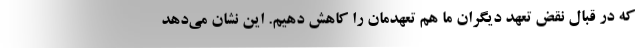
که در قبال نقض تعهد دیگران ما هم تعهدمان را کاهش دهیم. این نشان می‌دهد